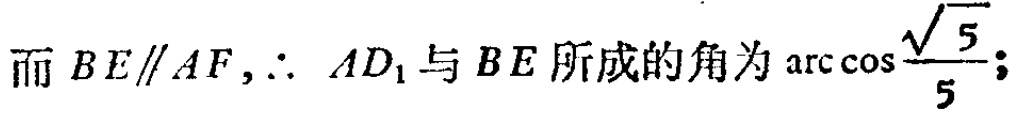
而 \(BE\parallel AF,\therefore AD_{1}\) 与 \(BE\) 所成的角为 \(\arccos\frac{\sqrt{5}}{5}\);